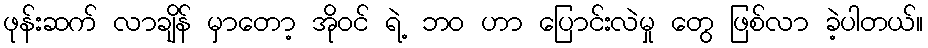
ဖုန်းဆက် လာချိန် မှာတော့ အိုဝင် ရဲ့ ဘ၀ ဟာ ပြောင်းလဲမှု တွေ ဖြစ်လာ ခဲ့ပါတယ်။